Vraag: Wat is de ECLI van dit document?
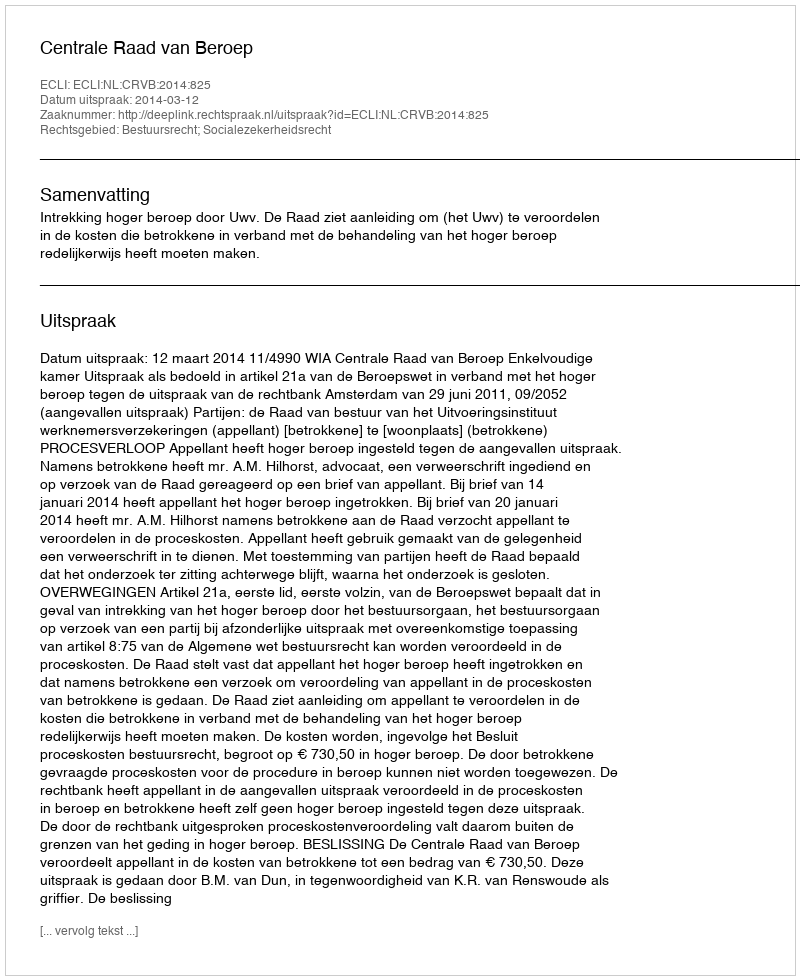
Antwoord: ECLI:NL:CRVB:2014:825